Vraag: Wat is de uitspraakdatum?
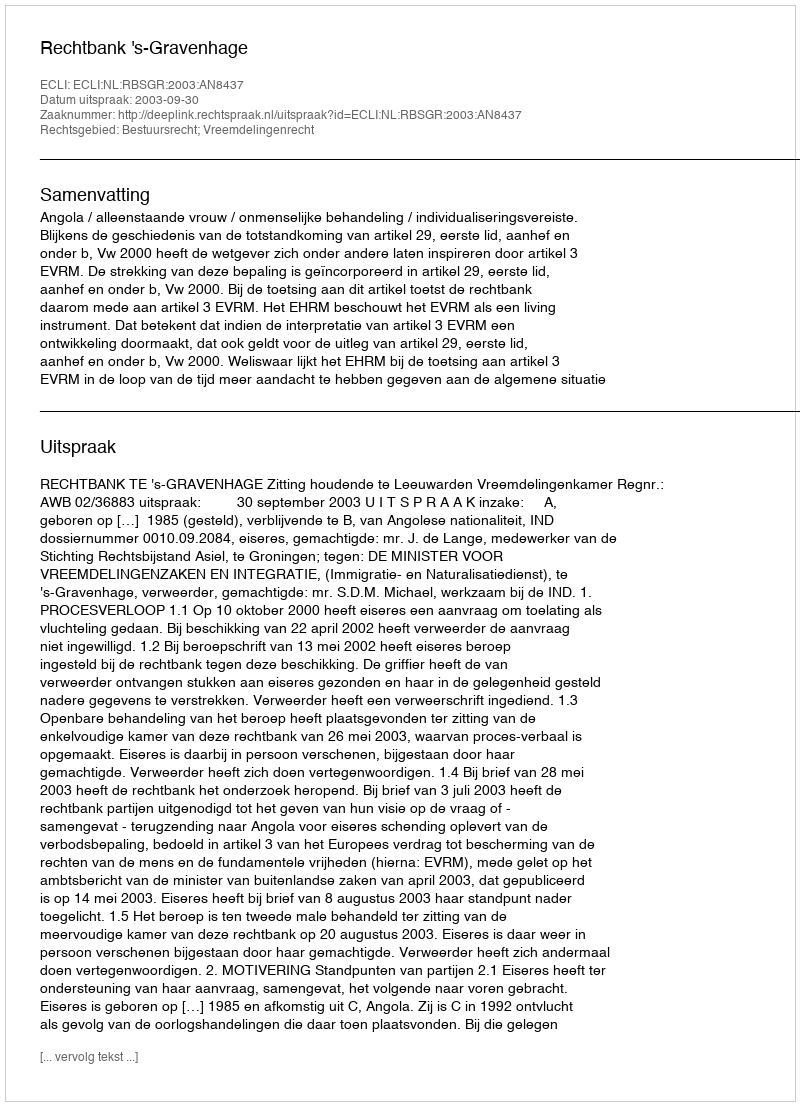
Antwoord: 2003-09-30